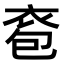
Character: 𧙌